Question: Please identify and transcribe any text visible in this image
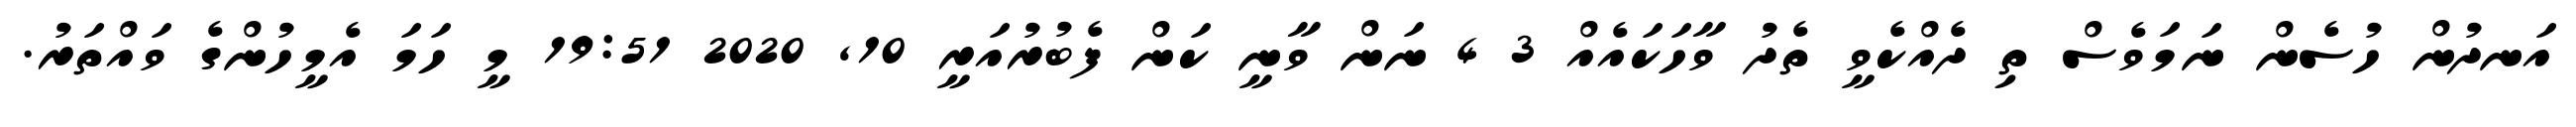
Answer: އަނދުން ހުސެން ނަމަވެސް ތި ދެއްކެވީ ތެދު ވާހަކައެއް 3 4 ނަން ވާނީ ކަން ފެބުރުއަރީ 10, 2020 19:51 މީ ހަމަ އެމީހުންގެ ވައްތަރު.